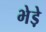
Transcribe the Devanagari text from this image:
भेडे़